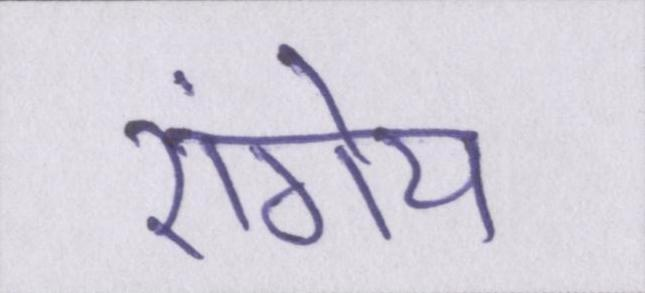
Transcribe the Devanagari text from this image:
रांगेय